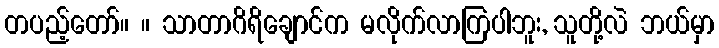
တပည့်တော်။ ။ သာတာဂိရိချောင်က မလိုက်လာကြပါဘူး, သူတို့လဲ ဘယ်မှာ